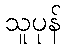
သူပုန်